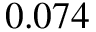
0 . 0 7 4